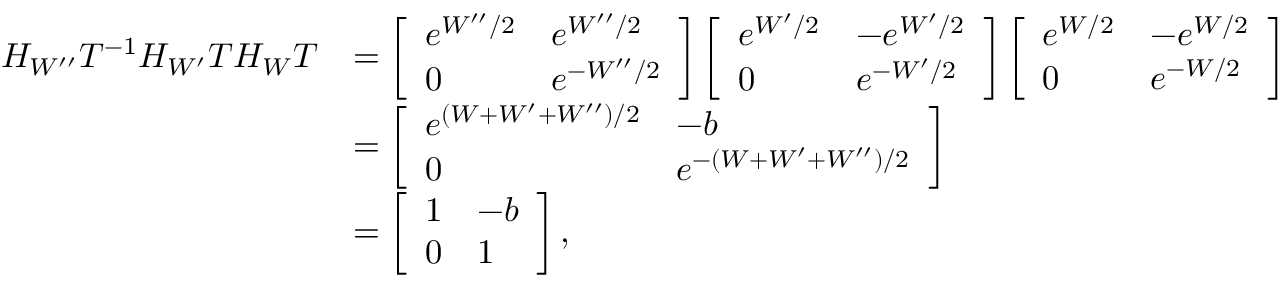
\begin{array} { r l } { H _ { W ^ { \prime \prime } } T ^ { - 1 } H _ { W ^ { \prime } } T H _ { W } T } & { = \left[ \begin{array} { l l } { e ^ { W ^ { \prime \prime } / 2 } } & { e ^ { W ^ { \prime \prime } / 2 } } \\ { 0 } & { e ^ { - W ^ { \prime \prime } / 2 } } \end{array} \right] \left[ \begin{array} { l l } { e ^ { W ^ { \prime } / 2 } } & { - e ^ { W ^ { \prime } / 2 } } \\ { 0 } & { e ^ { - W ^ { \prime } / 2 } } \end{array} \right] \left[ \begin{array} { l l } { e ^ { W / 2 } } & { - e ^ { W / 2 } } \\ { 0 } & { e ^ { - W / 2 } } \end{array} \right] } \\ & { = \left[ \begin{array} { l l } { e ^ { ( W + W ^ { \prime } + W ^ { \prime \prime } ) / 2 } } & { - b } \\ { 0 } & { e ^ { - ( W + W ^ { \prime } + W ^ { \prime \prime } ) / 2 } } \end{array} \right] } \\ & { = \left[ \begin{array} { l l } { 1 } & { - b } \\ { 0 } & { 1 } \end{array} \right] , } \end{array}